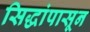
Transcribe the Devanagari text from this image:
सिद्धांपासून